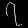
Digit: ၇